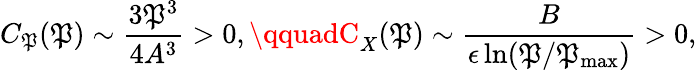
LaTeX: C_{\mathfrak{P}}(\mathbf{{\mathfrak{P}}})\sim\frac{{3\mathbf{{\mathfrak{P}}}^{3}}}{{4A^{3}}}>0,\qquadC_{X}(\mathbf{{\mathfrak{P}}})\sim\frac{{B}}{{\epsilon\ln(\mathbf{{\mathfrak{P}}}/\mathcal{{\mathfrak{P}}}_{\operatorname*{max}})}}>0,